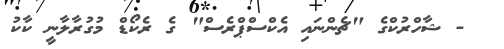
- ޝާހްރުކްގެ "ޗެންނައި އެކްސްޕްރެސް" ގެ ރެކޯޑް މުގުރާލާނީ ކާކު